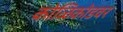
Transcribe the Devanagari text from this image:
कोळिकोडवर